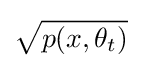
{\sqrt {p(x,\theta _{t})}}